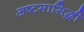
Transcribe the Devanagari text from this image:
अष्टमासिद्धी